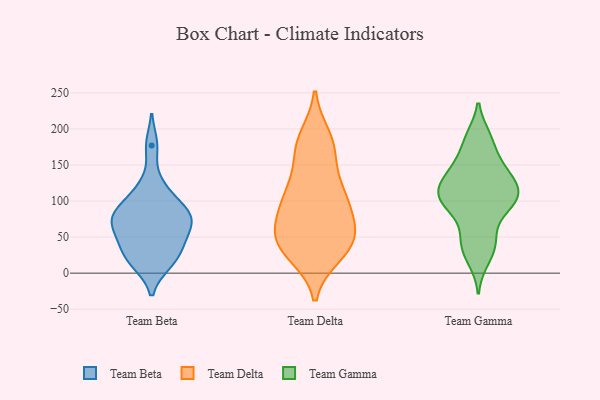
{"axis": {"x": "Budget (USD K)", "y": "Value"}, "legend": ["Team Beta", "Team Delta", "Team Gamma"], "data": [{"x": "", "y": 81, "type": "Team Beta"}, {"x": "", "y": 74, "type": "Team Beta"}, {"x": "", "y": 38, "type": "Team Beta"}, {"x": "", "y": 48, "type": "Team Beta"}, {"x": "", "y": 69, "type": "Team Beta"}, {"x": "", "y": 78, "type": "Team Beta"}, {"x": "", "y": 13, "type": "Team Beta"}, {"x": "", "y": 46, "type": "Team Beta"}, {"x": "", "y": 177, "type": "Team Beta"}, {"x": "", "y": 90, "type": "Team Beta"}, {"x": "", "y": 122, "type": "Team Beta"}, {"x": "", "y": 13, "type": "Team Beta"}, {"x": "", "y": 25, "type": "Team Beta"}, {"x": "", "y": 75, "type": "Team Beta"}, {"x": "", "y": 107, "type": "Team Beta"}, {"x": "", "y": 38, "type": "Team Delta"}, {"x": "", "y": 84, "type": "Team Delta"}, {"x": "", "y": 169, "type": "Team Delta"}, {"x": "", "y": 97, "type": "Team Delta"}, {"x": "", "y": 26, "type": "Team Delta"}, {"x": "", "y": 188, "type": "Team Delta"}, {"x": "", "y": 54, "type": "Team Delta"}, {"x": "", "y": 177, "type": "Team Delta"}, {"x": "", "y": 101, "type": "Team Delta"}, {"x": "", "y": 177, "type": "Team Delta"}, {"x": "", "y": 49, "type": "Team Delta"}, {"x": "", "y": 113, "type": "Team Delta"}, {"x": "", "y": 52, "type": "Team Delta"}, {"x": "", "y": 32, "type": "Team Delta"}, {"x": "", "y": 128, "type": "Team Delta"}, {"x": "", "y": 32, "type": "Team Delta"}, {"x": "", "y": 113, "type": "Team Delta"}, {"x": "", "y": 53, "type": "Team Delta"}, {"x": "", "y": 78, "type": "Team Delta"}, {"x": "", "y": 82, "type": "Team Gamma"}, {"x": "", "y": 155, "type": "Team Gamma"}, {"x": "", "y": 190, "type": "Team Gamma"}, {"x": "", "y": 118, "type": "Team Gamma"}, {"x": "", "y": 111, "type": "Team Gamma"}, {"x": "", "y": 159, "type": "Team Gamma"}, {"x": "", "y": 188, "type": "Team Gamma"}, {"x": "", "y": 44, "type": "Team Gamma"}, {"x": "", "y": 115, "type": "Team Gamma"}, {"x": "", "y": 107, "type": "Team Gamma"}, {"x": "", "y": 136, "type": "Team Gamma"}, {"x": "", "y": 50, "type": "Team Gamma"}, {"x": "", "y": 17, "type": "Team Gamma"}, {"x": "", "y": 94, "type": "Team Gamma"}, {"x": "", "y": 93, "type": "Team Gamma"}, {"x": "", "y": 126, "type": "Team Gamma"}, {"x": "", "y": 99, "type": "Team Gamma"}, {"x": "", "y": 137, "type": "Team Gamma"}, {"x": "", "y": 35, "type": "Team Gamma"}]}